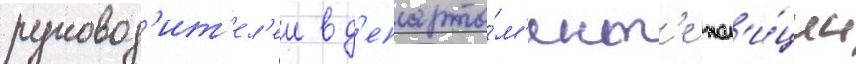
руковод'ит'ел'еи в д'епарта́м'ент'е пол'и́ции